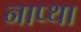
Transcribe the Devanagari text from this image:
नाप्था